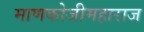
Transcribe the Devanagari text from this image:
माणकोजीमहाराज